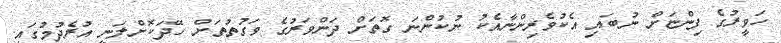
ހަވީރުގެ ފިންޏަށް ނުބައި އެކުވެރިންނާއެކު ނުކުންނަ ގޮތަށް ދަންވަރުގެ ވަގުތުތަށް ހޭދަކޮށްލަނީ އުރެދުމުގައި.